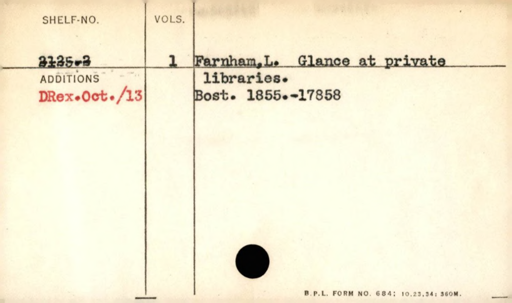
Label: content